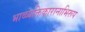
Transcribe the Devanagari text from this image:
भाव्व्यक्तिकारानाभिरूप